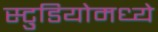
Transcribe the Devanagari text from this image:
स्टु़डियोमध्ये